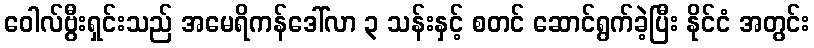
ဝေါလ်ဗွီးရှင်းသည် အမေရိကန်ဒေါ်လာ ၃ သန်းနှင့် စတင် ဆောင်ရွက်ခဲ့ပြီး နိုင်ငံ အတွင်း